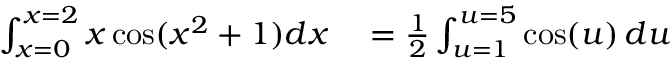
\begin{array} { r l } { \int _ { x = 0 } ^ { x = 2 } x \cos ( x ^ { 2 } + 1 ) d x } & { { } = { \frac { 1 } { 2 } } \int _ { u = 1 } ^ { u = 5 } \cos ( u ) \, d u } \end{array}